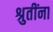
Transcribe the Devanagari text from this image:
श्रुतींना